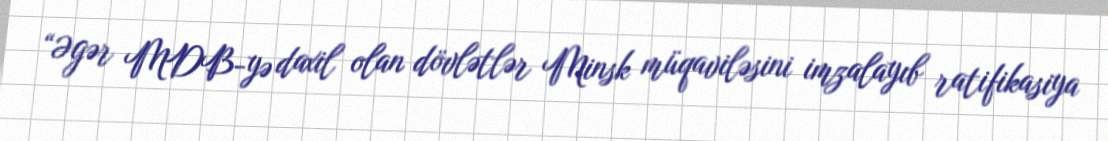
“Əgər MDB-yə daxil olan dövlətlər Minsk müqaviləsini imzalayıb ratifikasiya